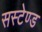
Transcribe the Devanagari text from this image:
सस्टेण्ड